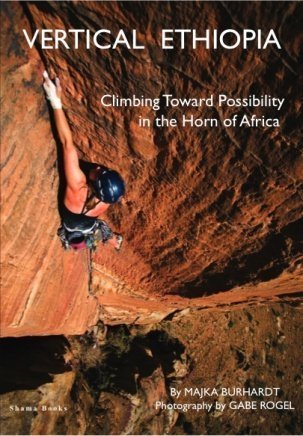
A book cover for Vertical Ethiopia, Climbing Toward Possibility in the Horn of Africa; Majka Burhardt; Travel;